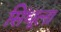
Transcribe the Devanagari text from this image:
सिंधूला